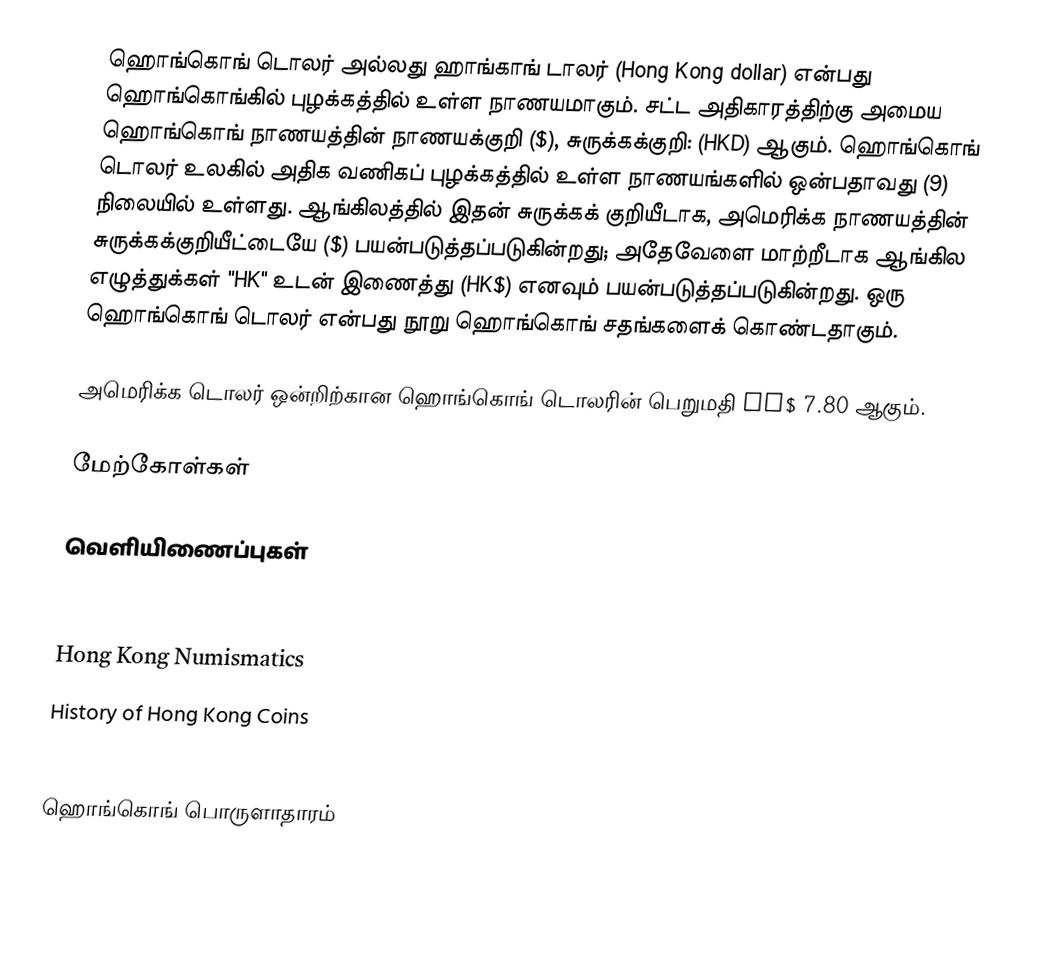
ஹொங்கொங் டொலர் அல்லது ஹாங்காங் டாலர் (Hong Kong dollar) என்பது ஹொங்கொங்கில் புழக்கத்தில் உள்ள நாணயமாகும். சட்ட அதிகாரத்திற்கு அமைய ஹொங்கொங் நாணயத்தின் நாணயக்குறி ($), சுருக்கக்குறி: (HKD) ஆகும். ஹொங்கொங் டொலர் உலகில் அதிக வணிகப் புழக்கத்தில் உள்ள நாணயங்களில் ஒன்பதாவது (9) நிலையில் உள்ளது.   ஆங்கிலத்தில் இதன் சுருக்கக் குறியீடாக, அமெரிக்க நாணயத்தின் சுருக்கக்குறியீட்டையே ($) பயன்படுத்தப்படுகின்றது; அதேவேளை மாற்றீடாக  ஆங்கில எழுத்துக்கள் "HK" உடன் இணைத்து (HK$) எனவும் பயன்படுத்தப்படுகின்றது. ஒரு ஹொங்கொங் டொலர் என்பது நூறு ஹொங்கொங் சதங்களைக் கொண்டதாகும்.

அமெரிக்க டொலர் ஒன்றிற்கான ஹொங்கொங் டொலரின் பெறுமதி HK$ 7.80 ஆகும்.

மேற்கோள்கள்

வெளியிணைப்புகள்
SinoBanknote
  Hong Kong Banknotes —note: historic bills, not current
Hong Kong Numismatics
History of Hong Kong Coins
Historic Monthly Exchange Rate of HKD since 1975

ஹொங்கொங் பொருளாதாரம்